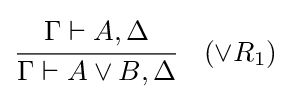
{\cfrac {\Gamma \vdash A,\Delta }{\Gamma \vdash A\lor B,\Delta }}\quad ({\lor }R_{1})